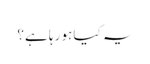
یہ کیا ہو رہا ہے؟